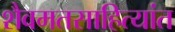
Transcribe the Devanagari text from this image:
शैवमतसाहित्यांत